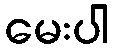
မေးပါ